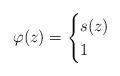
LaTeX: \begin{align*}\varphi(z)=\begin{cases}s(z)&\\1 &\end{cases}\end{align*}